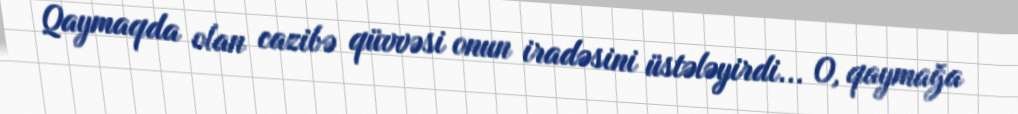
Qaymaqda olan cazibə qüvvəsi onun iradəsini üstələyirdi... O, qaymağa